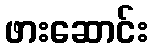
ဖားဆောင်း